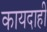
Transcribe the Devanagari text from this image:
कायदाही